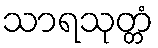
သာရသုတ္တံ